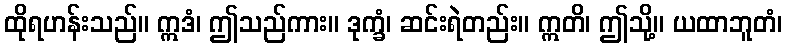
ထိုရဟန်းသည်။ ဣဒံ၊ ဤသည်ကား။ ဒုက္ခံ၊ ဆင်းရဲတည်း။ ဣတိ၊ ဤသို့။ ယထာဘူတံ၊